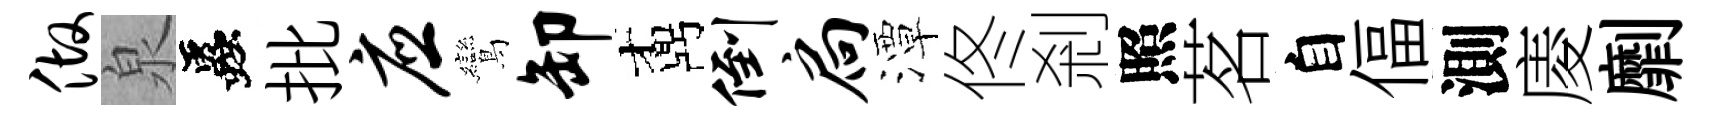
做泉蟲批应鸞卸鼒倒扃潭佟剎照茗自偪測庱劘